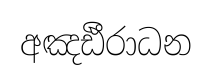
අඤඪීරාධන